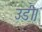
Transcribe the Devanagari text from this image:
उडी़ं।